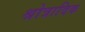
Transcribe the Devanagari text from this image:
श्रोत्रादिक